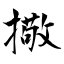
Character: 擏